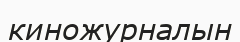
киножурналын